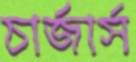
চার্জার্স